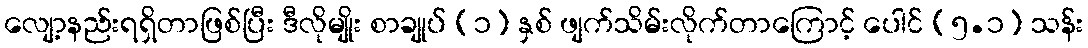
လျော့နည်းရရှိတာဖြစ်ပြီး ဒီလိုမျိုး စာချုပ် (၁) နှစ် ဖျက်သိမ်းလိုက်တာကြောင့် ပေါင် (၅.၁) သန်း